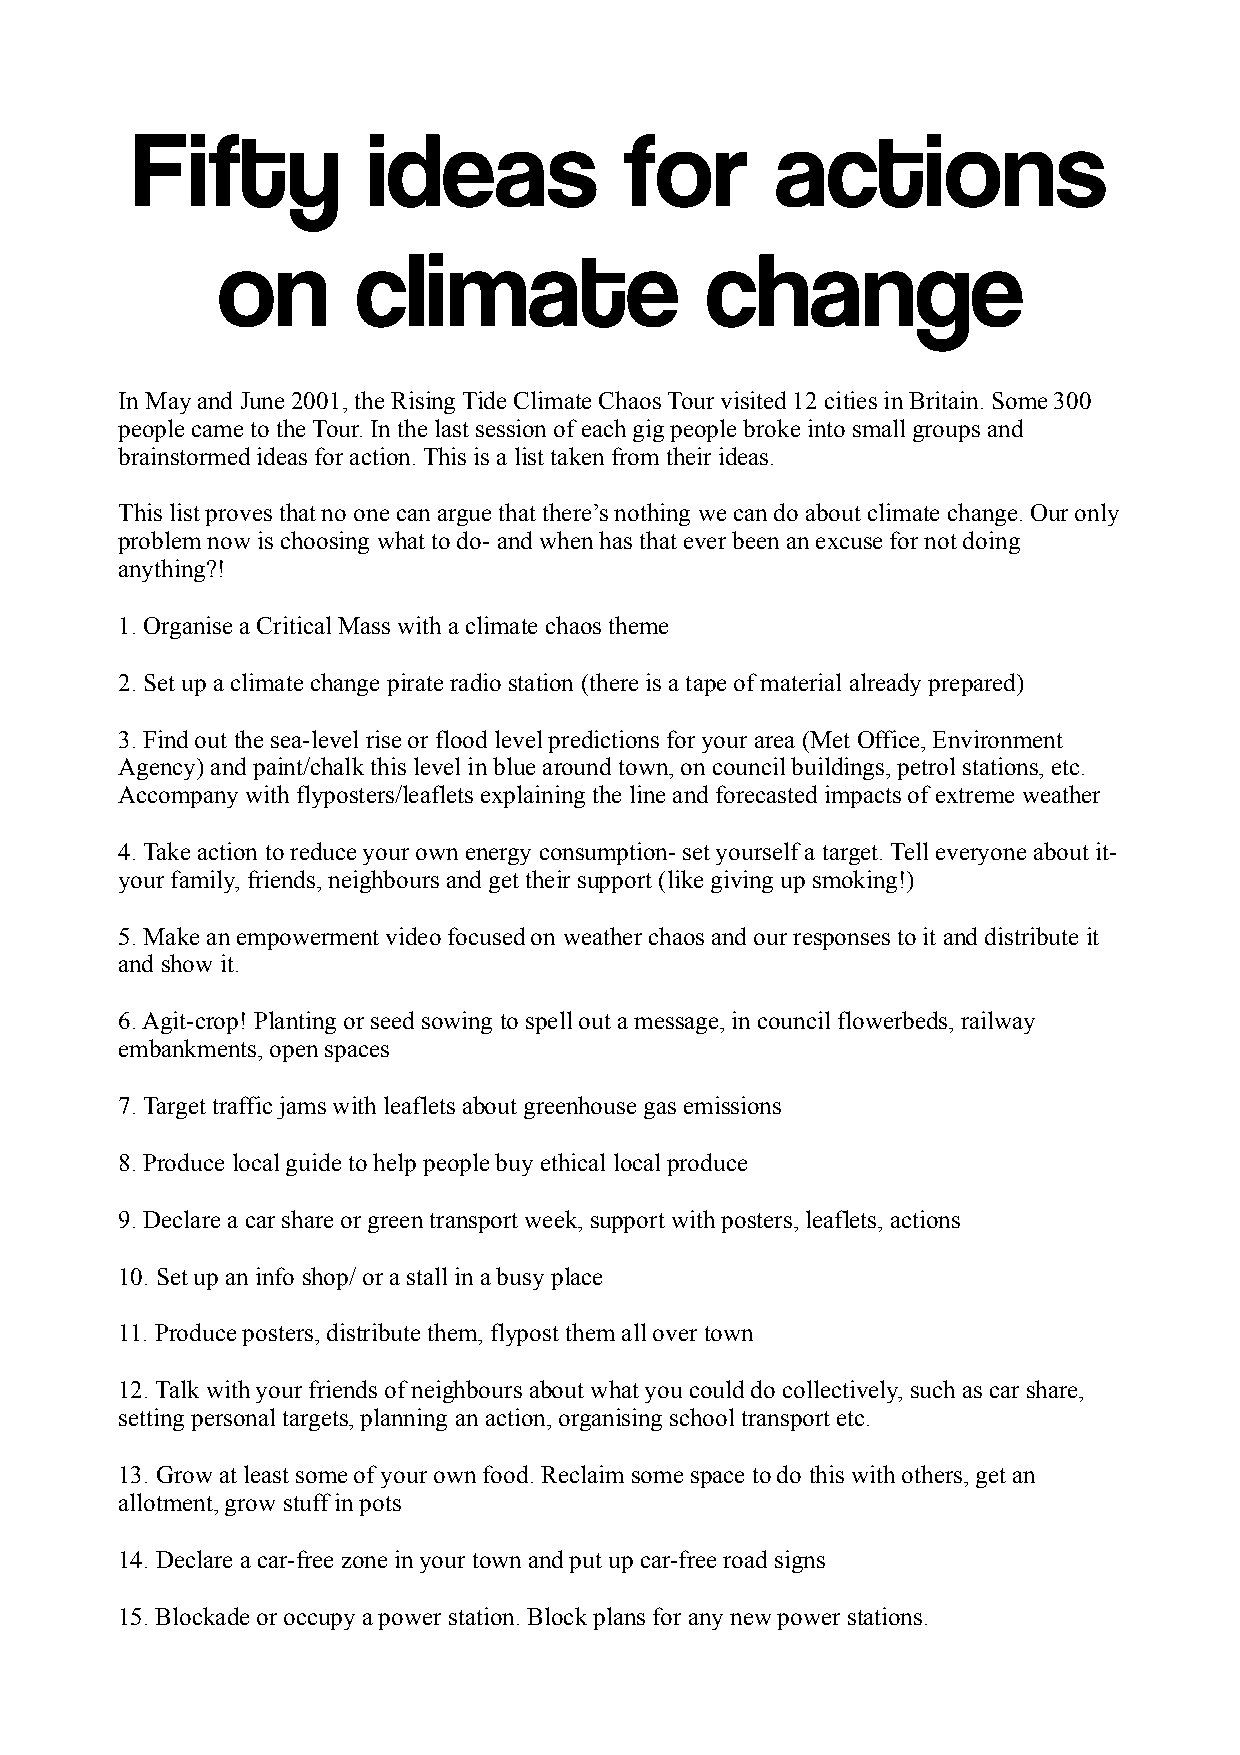
Fifty          ideas            for       actions
 on        climate                change
 In May and June 2001, the Rising Tide Climate Chaos Tour visited 12 cities in Britain. Some 300
 people came to the Tour. In the last session of each gig people broke into small groups and
 brainstormed ideas for action. This is a list taken from their ideas.
 This list proves that no one can argue that there’s nothing we can do about climate change. Our only
 problem now is choosing what to do- and when has that ever been an excuse for not doing
 anything?!
 1. Organise a Critical Mass with a climate chaos theme
 2. Set up a climate change pirate radio station (there is a tape of material already prepared)
 3. Find out the sea-level rise or flood level predictions for your area (Met Office, Environment
 Agency) and paint/chalk this level in blue around town, on council buildings, petrol stations, etc.
 Accompany with flyposters/leaflets explaining the line and forecasted impacts of extreme weather
 4. Take action to reduce your own energy consumption- set yourself a target. Tell everyone about it-
 your family, friends, neighbours and get their support (like giving up smoking!)
 5. Make an empowerment video focused on weather chaos and our responses to it and distribute it
 and show it.
 6. Agit-crop! Planting or seed sowing to spell out a message, in council flowerbeds, railway
 embankments, open spaces
 7. Target traffic jams with leaflets about greenhouse gas emissions
 8. Produce local guide to help people buy ethical local produce
 9. Declare a car share or green transport week, support with posters, leaflets, actions
 10. Set up an info shop/ or a stall in a busy place
 11. Produce posters, distribute them, flypost them all over town
 12. Talk with your friends of neighbours about what you could do collectively, such as car share,
 setting personal targets, planning an action, organising school transport etc.
 13. Grow at least some of your own food. Reclaim some space to do this with others, get an
 allotment, grow stuff in pots
 14. Declare a car-free zone in your town and put up car-free road signs
 15. Blockade or occupy a power station. Block plans for any new power stations.